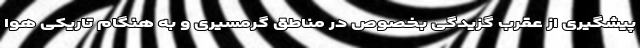
پیشگیری از عقرب گزیدگی بخصوص در مناطق گرمسیری و به هنگام تاریکی هوا